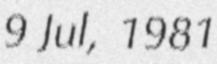
9 Jul, 1981